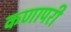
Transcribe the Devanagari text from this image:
कणापरी